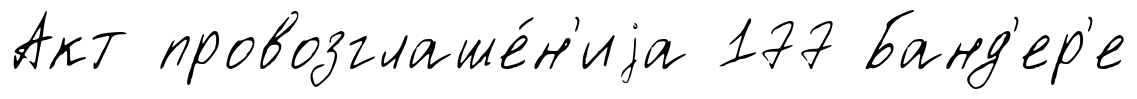
Акт провозглаше́н'иjа 177 Банд'ер'е